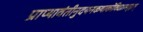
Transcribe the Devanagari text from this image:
प्राप्यावंतीनुदयनकथाकोविदग्रामवृद्धान्